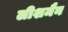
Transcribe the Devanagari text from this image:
लीशमैन